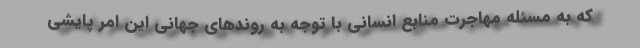
كه به مسئله مهاجرت منابع انسانی با توجه به روندهای جهانی این امر پایشی